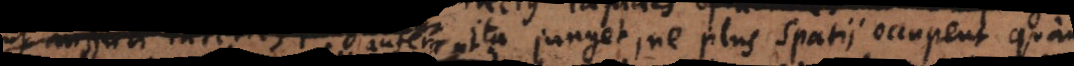
ut anguli lateribus jungantur ita junget, ne plus spatii occupent quam